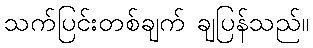
သက်ပြင်းတစ်ချက် ချပြန်သည်။